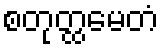
စတုတ္ထမေတံ